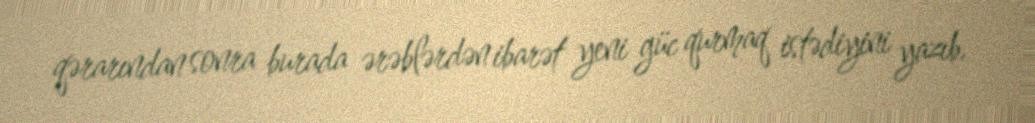
qərarından sonra burada ərəblərdən ibarət yeni güc qurmaq istədiyini yazıb.